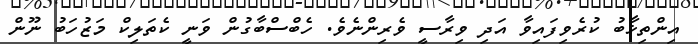
އިންތިޚާބު ކުރެވިފައިވާ އަދި ވިރާސީ ވެރިންނެވެ. ހެބްސްބާގުން ވަނީ ކެތަލިކް މަޒުހަބު ނޫން